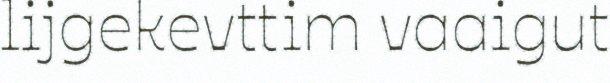
lijgekevttim vaaigut